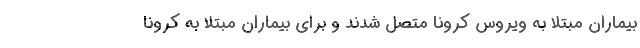
بیماران مبتلا به ویروس کرونا متصل شدند و برای بیماران مبتلا به کرونا